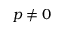
p \neq 0